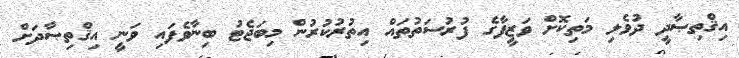
އިޤްތިޞާދީ ދުވެލި މަތިކޮށް ވަޒީފާގެ ފުރުސަތުތައް އިތުރުކުރުން މިބަޖެޓު ބިނާވެފައި ވަނީ އިޤްތިޞާދަށް